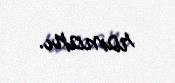
romanı.